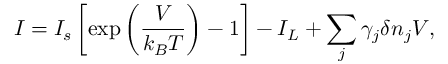
I = I _ { s } \left[ \exp \left( \frac { V } { k _ { B } T } \right) - 1 \right] - I _ { L } + \sum _ { j } \gamma _ { j } \delta n _ { j } V ,